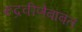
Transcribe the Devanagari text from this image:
रुद्रवीणेबाबत